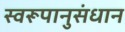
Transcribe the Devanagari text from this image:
स्वरूपानुसंधान